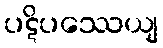
ပဋိပဿေယျ